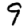
Digit: 9